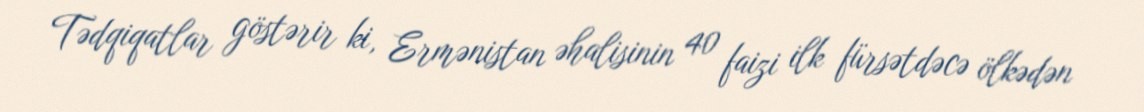
Tədqiqatlar göstərir ki, Ermənistan əhalisinin 40 faizi ilk fürsətdəcə ölkədən